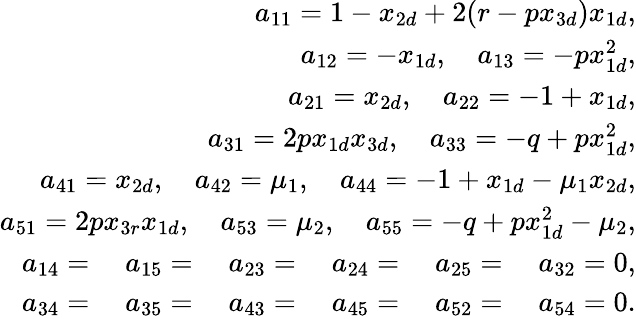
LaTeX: \begin{array}{r}{{a}_{{1}{1}}={1-{x}_{2d}+2(r-p{x}_{3d}){x}_{1d}},}\\ {{a}_{{1}{2}}=-{x}_{1d},\quad{a}_{{1}{3}}={-p{x}_{1d}^{2}},}\\ {{a}_{{2}{1}}={x}_{2d},\quad{a}_{{2}{2}}={-1+{x}_{1d}},}\\ {{a}_{{3}{1}}=2p{x}_{1d}{x}_{3d},\quad{a}_{{3}{3}}={-q+p{x}_{1d}^{2}},}\\ {{a}_{{4}{1}}={{x}_{2d}},\quad{a}_{{4}{2}}={\mu_{1}},\quad{a}_{{4}{4}}={-1+{x}_{1d}-\mu_{1}{x}_{2d}},}\\ {{a}_{{5}{1}}=2p{x}_{3r}{x}_{1d},\quad{a}_{{5}{3}}=\mu_{2},\quad{a}_{{5}{5}}=-q+p{x}_{1d}^{2}-\mu_{2},}\\ {{a}_{{1}{4}}=\quad a_{{1}{5}}=\quad{a}_{{2}{3}}=\quad{a}_{{2}{4}}=\quad{a}_{{2}{5}}=\quad{a}_{{3}{2}}=0,}\\ {{a}_{{3}{4}}=\quad{a}_{{3}{5}}=\quad{a}_{{4}{3}}=\quad{a}_{{4}{5}}=\quad{a}_{{5}{2}}=\quad{a}_{{5}{4}}={0}.}\end{array}